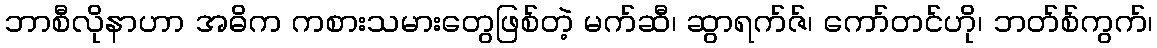
ဘာစီလိုနာဟာ အဓိက ကစားသမားတွေဖြစ်တဲ့ မက်ဆီ၊ ဆွာရက်ဇ်၊ ကော်တင်ဟို၊ ဘတ်စ်ကွက်၊